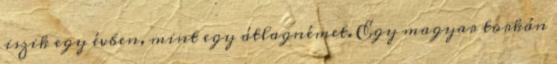
iszik egy évben, mint egy átlagnémet. Egy magyar torkán